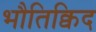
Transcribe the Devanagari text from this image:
भौतिक्विद